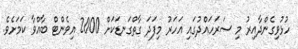
ހުޅުވިގެންދާއިރު މި ސަރަހައްދުގައި އަހަރު މިފަދަ ގާތްގަނޑަކަށް 2000 އިވެންޓް ބާއްވާ ކަމަށެވެ.